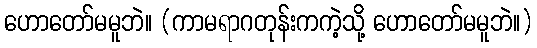
ဟောတော်မမူဘဲ။ (ကာမရာဂတုန်းကကဲ့သို့ ဟောတော်မမူဘဲ။)